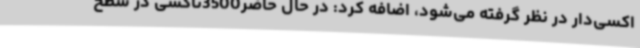
اکسی‌دار در نظر گرفته می‌شود، اضافه کرد: در حال حاضر3500تاکسی در سطح